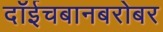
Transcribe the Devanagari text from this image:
दॉईचबानबरोबर